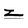
Character: z